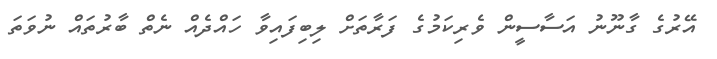
އޭރުގެ ގާނޫނު އަސާސީން ވެރިކަމުގެ ފަރާތަށް ލިބިފައިވާ ހައްދެއް ނެތް ބާރުތައް ނުވަތަ